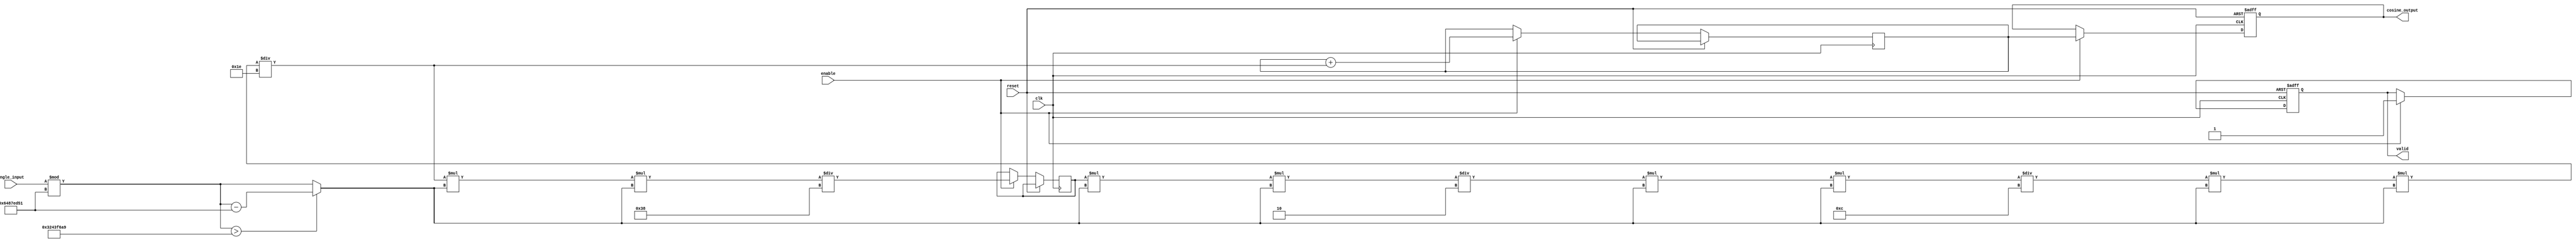
module cosine_block (
    input wire clk,
    input wire reset,
    input wire enable,
    input wire [31:0] angle_input, // Angle in radians (fixed-point)
    output reg [31:0] cosine_output, // Cosine output (fixed-point)
    output reg valid // Output valid signal
);

    // Parameters
    parameter NUM_TERMS = 5; // Number of terms in Taylor series
    parameter PI = 32'h3243F6A9; // Fixed-point representation of  (approximately)
    parameter TWO_PI = 32'h6487ED51; // Fixed-point representation of 2 (approximately)

    // Internal variables
    reg [31:0] angle_normalized;
    reg [31:0] term;
    reg [31:0] sum;
    integer i;

    // Angle normalization
    always @(*) begin
        angle_normalized = angle_input % TWO_PI; // Normalize angle to [0, 2]
        if (angle_normalized > PI) begin
            angle_normalized = angle_normalized - TWO_PI; // Adjust to [-, ]
        end
    end

    // Compute cosine using Taylor series
    always @(posedge clk or posedge reset) begin
        if (reset) begin
            cosine_output <= 32'h3F800000; // Default to 1.0 (fixed-point representation)
            valid <= 0;
        end else if (enable) begin
            sum <= 32'h3F800000; // Initialize sum to 1.0
            term <= angle_normalized; // Start with the first term ()
            valid <= 0;

            for (i = 1; i < NUM_TERMS; i = i + 1) begin
                if (i % 2 == 1) begin
                    sum <= sum - term; // Subtract odd terms
                end else begin
                    sum <= sum + term; // Add even terms
                end
                term = (term * angle_normalized * angle_normalized) / ((2 * i) * (2 * i - 1)); // Compute next term
            end
            
            cosine_output <= sum; // Assign computed cosine value
            valid <= 1; // Signal that output is valid
        end
    end
endmodule